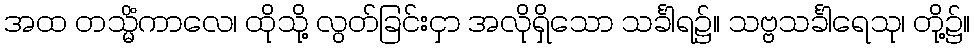
အထ တသ္မိံကာလေ၊ ထိုသို့ လွတ်ခြင်းငှာ အလိုရှိသော သင်္ခါရ၌။ သဗ္ဗသင်္ခါရေသု၊ တို့၌။